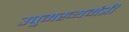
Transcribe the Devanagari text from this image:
उपुमख्यमंत्री